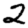
Digit: 2